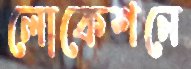
লোকেশনে